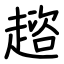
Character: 趦